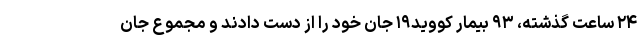
۲۴ ساعت گذشته، ۹۳ بیمار کووید۱۹ جان خود را از دست دادند و مجموع جان